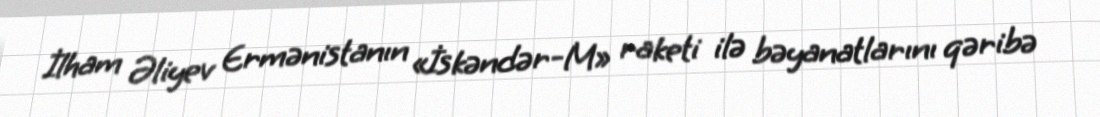
İlham Əliyev Ermənistanın «İskəndər-M» raketi ilə bəyanatlarını qəribə